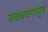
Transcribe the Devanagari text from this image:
मकबरापासून